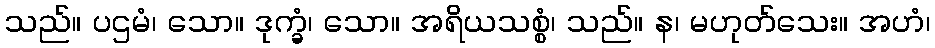
သည်။ ပဌမံ၊ သော။ ဒုက္ခံ၊ သော။ အရိယသစ္စံ၊ သည်။ န၊ မဟုတ်သေး။ အဟံ၊